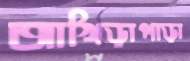
আখিড়াপাড়া